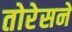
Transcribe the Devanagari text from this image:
तोरेसने